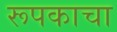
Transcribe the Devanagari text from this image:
रूपकाचा